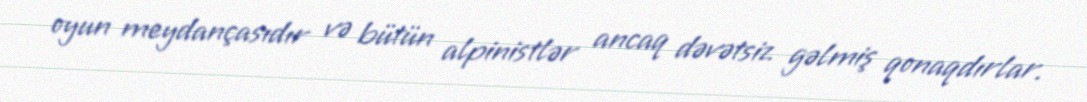
oyun meydançasıdır və bütün alpinistlər ancaq dəvətsiz gəlmiş qonaqdırlar.